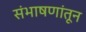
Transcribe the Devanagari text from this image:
संभाषणांतून